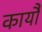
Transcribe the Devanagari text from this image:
कार्यौ